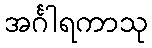
အင်္ဂါရကာသု